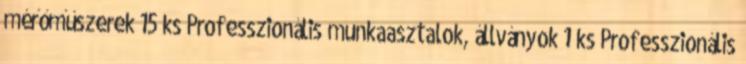
mérőműszerek 15 ks Professzionális munkaasztalok, állványok 1 ks Professzionális